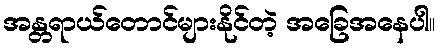
အန္တရာယ်တောင်များနိုင်တဲ့ အခြေအနေပါ။